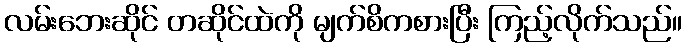
လမ်းဘေးဆိုင် တဆိုင်ထဲကို မျက်စိကစားပြီး ကြည့်လိုက်သည်။